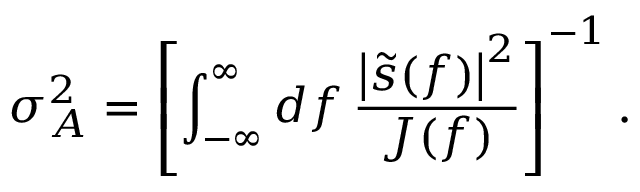
\sigma _ { A } ^ { 2 } = \left[ \int _ { - \infty } ^ { \infty } \mathop { d f } \frac { \left| \tilde { s } ( f ) \right| ^ { 2 } } { J ( f ) } \right] ^ { - 1 } .